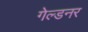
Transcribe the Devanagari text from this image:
गेल्डनर